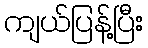
ကျယ်ပြန့်ပြီး